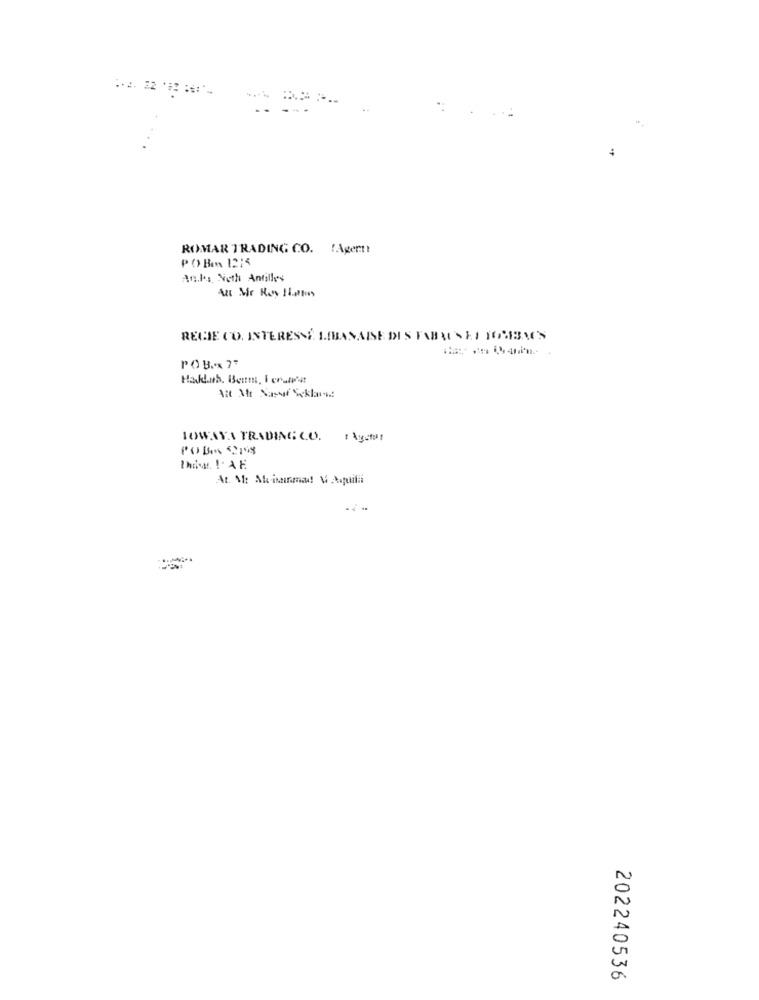
ROMAR TRADING CO. ! Agent!
PO Box 1215
An.los Nieth Antilles
RECIE CO. INTERESSE LIBANAISE DIS TUBRUSEL TORBA'S
PO Box 7
TOWAYA TRADING CO. : Agetat
Philar IAE
At. M: Al isinma! V Aquili
202240536